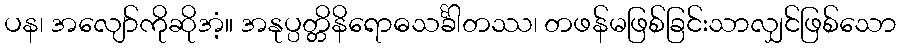
ပန၊ အလျော်ကိုဆိုအံ့။ အနုပ္ပတ္တိနိရောဓသင်္ခါတဿ၊ တဖန်မဖြစ်ခြင်းသာလျှင်ဖြစ်သော